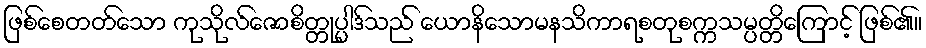
ဖြစ်စေတတ်သော ကုသိုလ်ဇောစိတ္တုပ္ပါဒ်သည် ယောနိသောမနသိကာရစတုစက္ကသမ္ပတ္တိကြောင့် ဖြစ်၏။